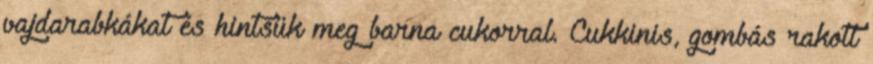
vajdarabkákat és hintsük meg barna cukorral. Cukkinis, gombás rakott